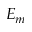
E _ { m }